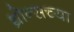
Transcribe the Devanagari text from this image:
थ्रोन्सच्या